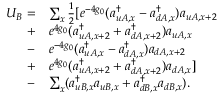
\begin{array} { r l } { U _ { B } = } & { \sum _ { x } \frac { 1 } { 2 } [ e ^ { - 4 g _ { 0 } } ( a _ { u A , x } ^ { \dagger } - a _ { d A , x } ^ { \dagger } ) a _ { u A , x + 2 } } \\ { + } & { e ^ { 4 g _ { 0 } } ( a _ { u A , x + 2 } ^ { \dagger } + a _ { d A , x + 2 } ^ { \dagger } ) a _ { u A , x } } \\ { - } & { e ^ { - 4 g _ { 0 } } ( a _ { u A , x } ^ { \dagger } - a _ { d A , x } ^ { \dagger } ) a _ { d A , x + 2 } } \\ { + } & { e ^ { 4 g _ { 0 } } ( a _ { u A , x + 2 } ^ { \dagger } + a _ { d A , x + 2 } ^ { \dagger } ) a _ { d A , x } ] } \\ { - } & { \sum _ { x } ( a _ { u B , x } ^ { \dagger } a _ { u B , x } + a _ { d B , x } ^ { \dagger } a _ { d B , x } ) . } \end{array}